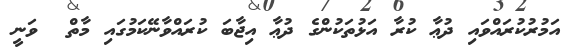
އަމުރުކުރައްވައި ދުޢާ ކުރާ އަޅުތަކުންގެ ދުޢާ އިޖާބަ ކުރައްވާނޭކަމުގައި މާތް  ވަނީ